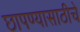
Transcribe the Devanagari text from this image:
छापण्यासाठीचे